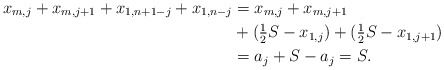
\begin{align*} x_{m,j} + x_{m,j+1} + x_{1,n+1-j} + x_{1,n-j} &=x_{m,j} + x_{m,j+1} \\ &+ (\tfrac{1}{2} S - x_{1,j}) + (\tfrac{1}{2} S - x_{1,j+1}) \\ &= a_j +S -a_j =S.\end{align*}